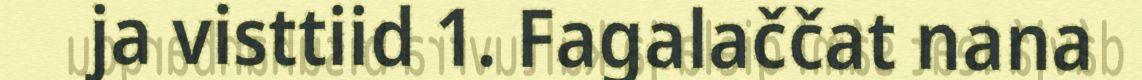
ja visttiid 1. Fagalaččat nana